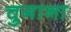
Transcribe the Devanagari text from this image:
चुगाना